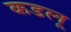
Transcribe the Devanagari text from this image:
कडलू